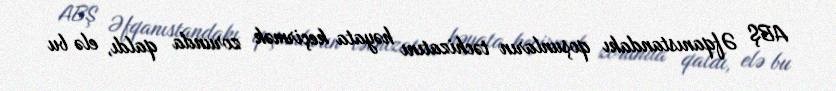
ABŞ Əfqanıstandakı qoşunların təchizatını həyata keçirmək zorunda qaldı, elə bu